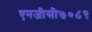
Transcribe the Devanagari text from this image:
एनजीसी७०८९